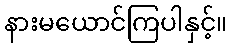
နားမယောင်ကြပါနှင့်။